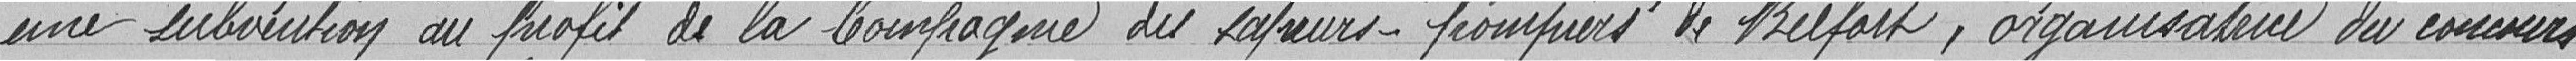
une subvention au profit de la Compagnie des sapeurs-pompiers de Belfort, organisateur du concours